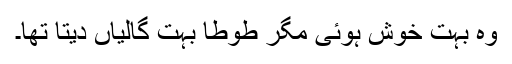
وہ بہت خوش ہوئی مگر طوطا بہت گالیاں دیتا تھا۔